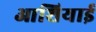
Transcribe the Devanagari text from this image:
आशियाई